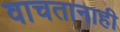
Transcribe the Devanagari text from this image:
वाचतानाही